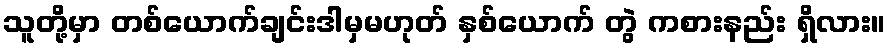
သူတို့မှာ တစ်ယောက်ချင်းဒါမှမဟုတ် နှစ်ယောက် တွဲ ကစားနည်း ရှိလား။